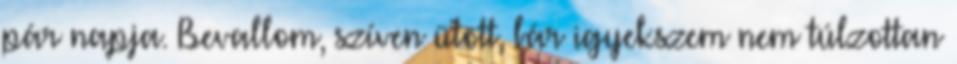
pár napja. Bevallom, szíven ütött, bár igyekszem nem túlzottan